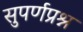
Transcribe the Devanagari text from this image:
सुपर्णप्रश्न